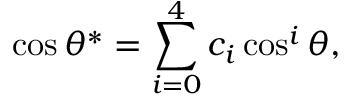
\cos \theta ^ { * } = \sum _ { i = 0 } ^ { 4 } c _ { i } \cos ^ { i } \theta ,